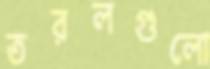
তরলগুলো